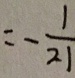
= - \frac { 1 } { 2 1 }